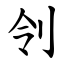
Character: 刢